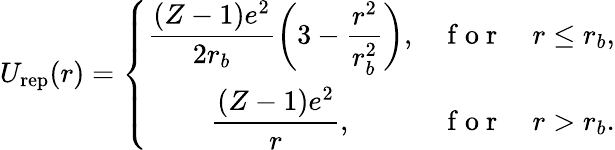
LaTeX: U_{\mathrm{rep}}(r)=\left\{ \begin{array}{ccc}{\displaystyle\frac{(Z-1)e^{2}}{2r_{b}}\bigg(3-\frac{r^{2}}{r_{b}^{2}}\bigg),}&{\mathrm{~f~o~r~}}&{r\leq r_{b},}\\ {\displaystyle\frac{(Z-1)e^{2}}{r},}&{\mathrm{~f~o~r~}}&{r>r_{b}.}\end{array}\right.